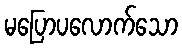
မပြောပလောက်သော